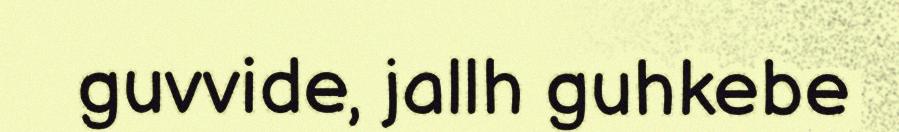
guvvide, jallh guhkebe